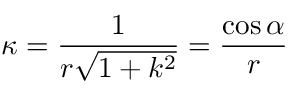
\; \kappa = { \frac { 1 } { r { \sqrt { 1 + k ^ { 2 } } } } } = { \frac { \cos \alpha } { r } }